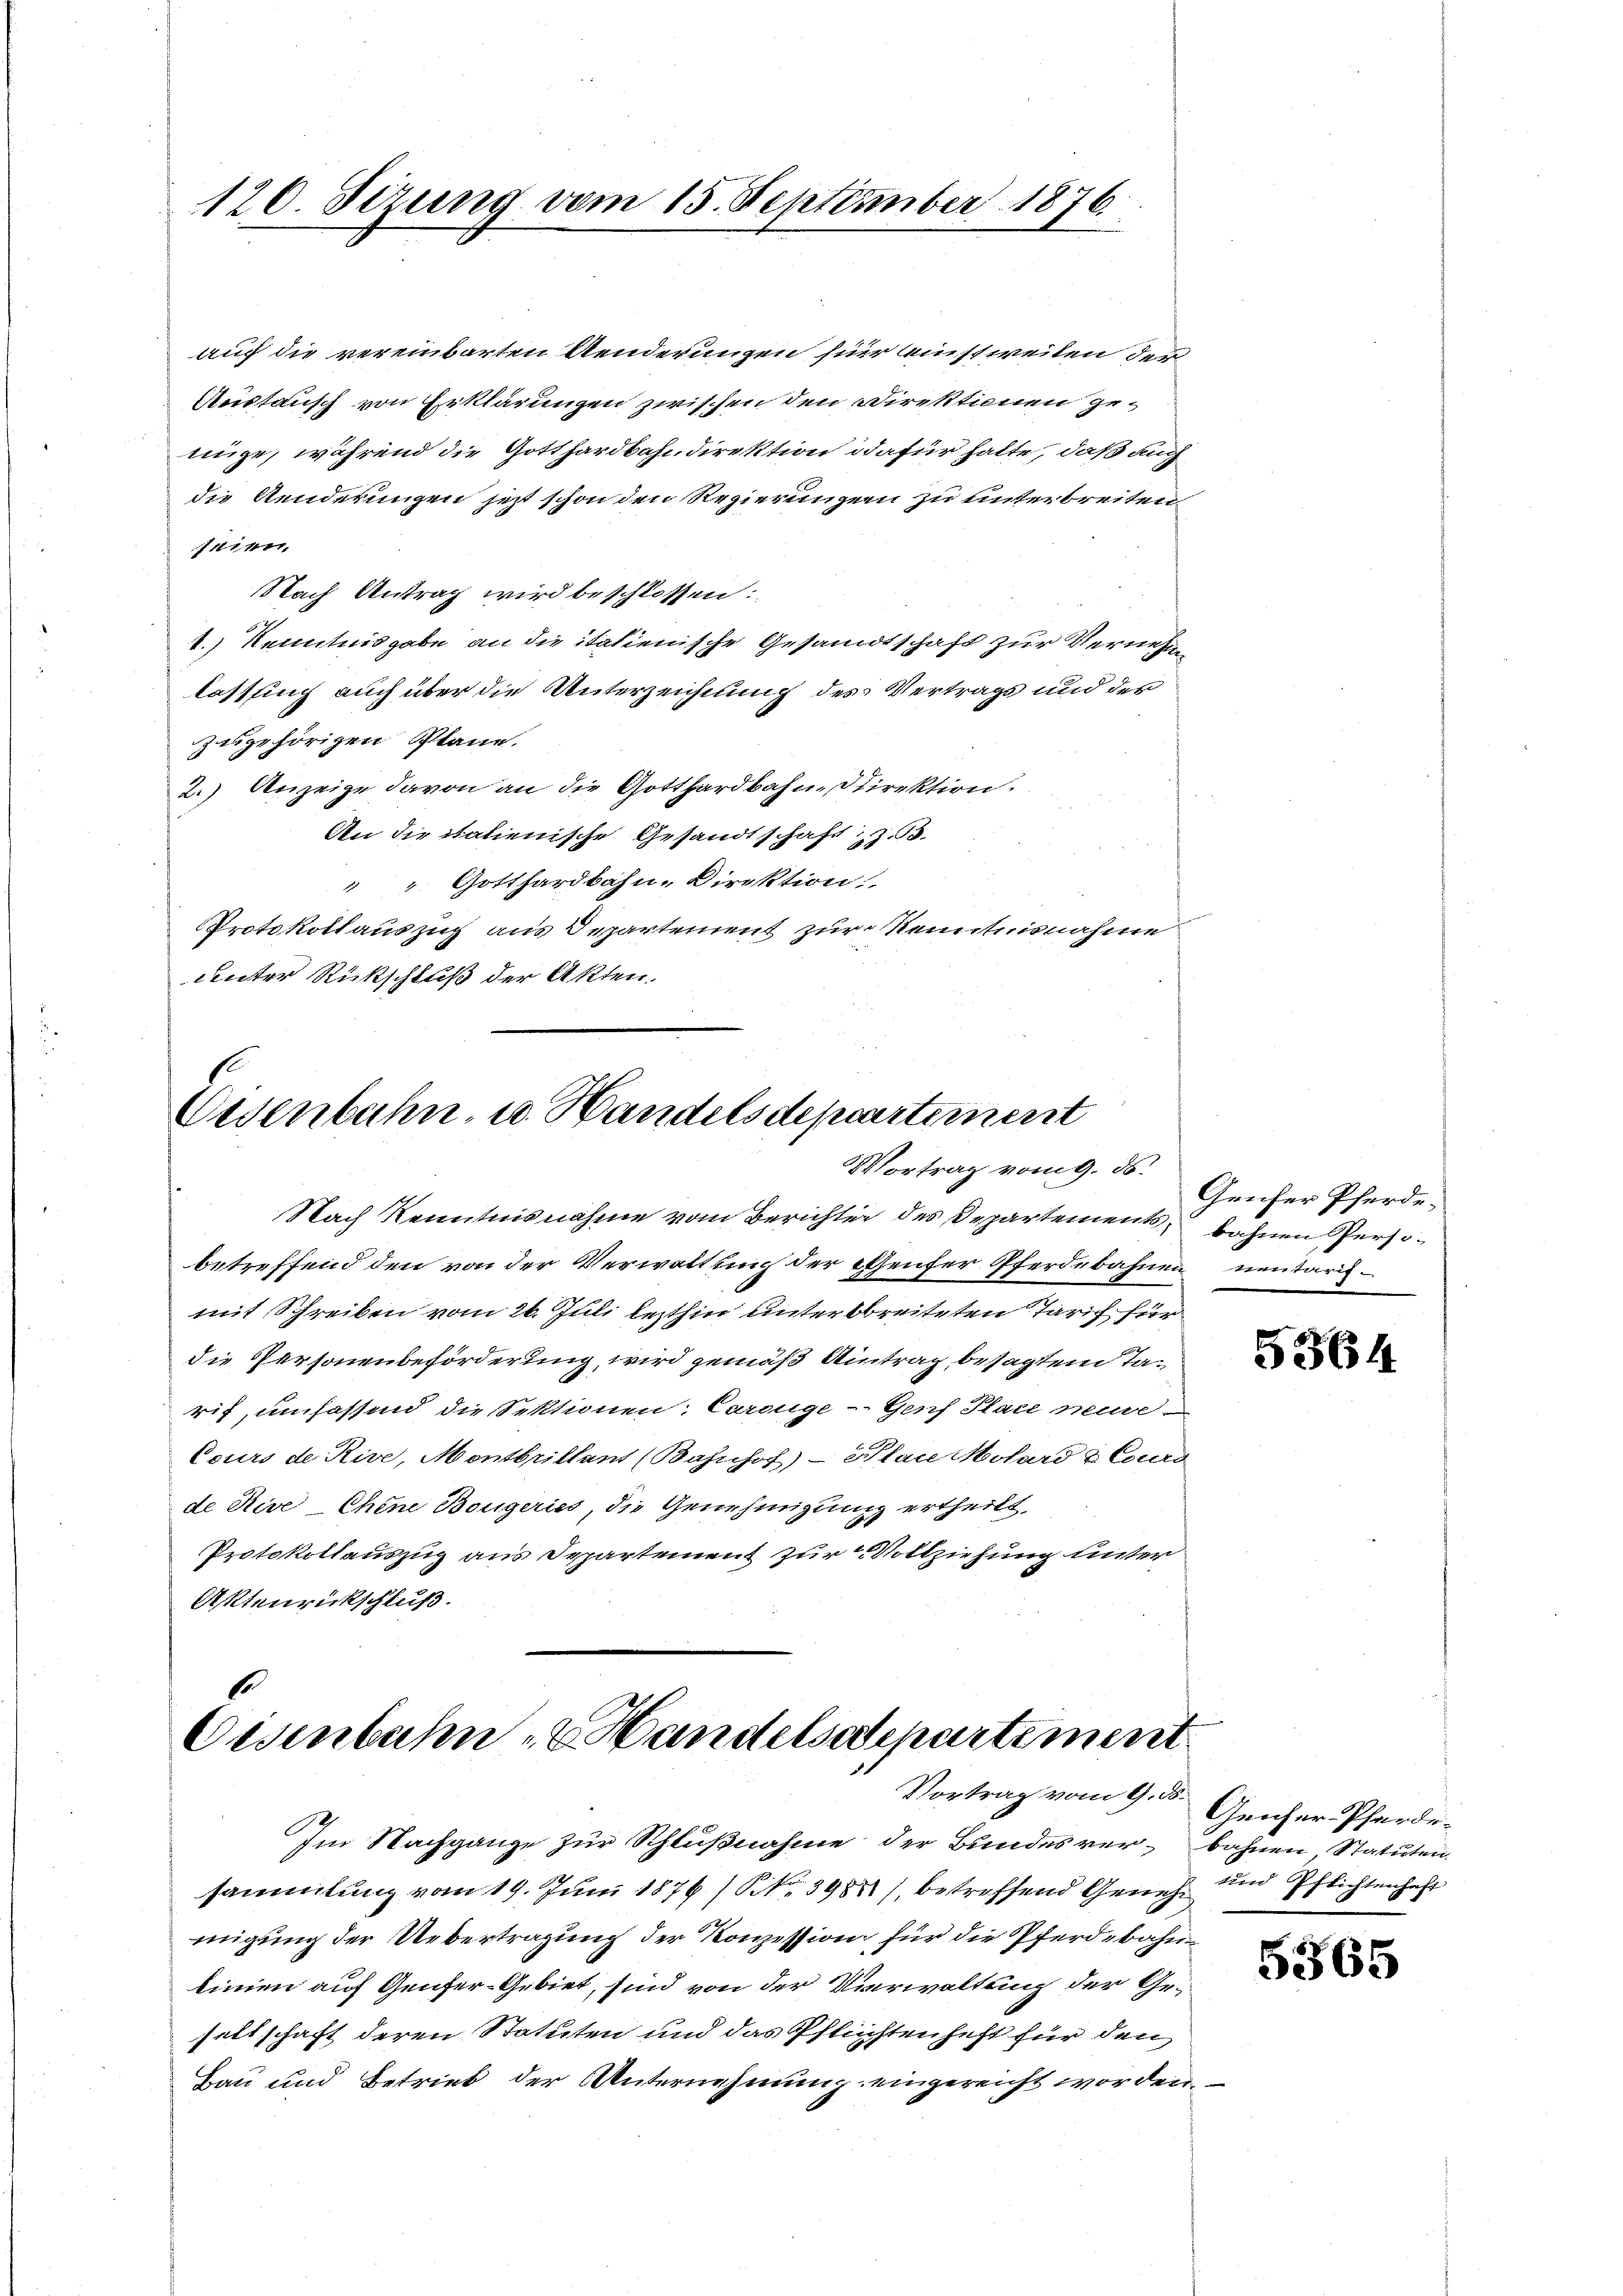
120. Sizung vom 15. September 1876

auf die vereinbarten Aenderungen für einstweilen der
Austausch von Erklärungen zwischen den Direktionen genige, während die Gotthardbahndirektion dafür halte, daß auch
die Aenderungen jetzt schon den Regierungen zu unterbreiten
seien.
Nach Antrag wird beschlossen:
1.) Kenntnisgabe an die italienische Gesandtschaft zur Vernehm
lassung auch über die Unterzeichnung des Vertrags und der
zugehörigen Plane.
2.) Anzeige davon an die Gotthardbahndirektion.
An die italienische Gesandtschaft z. B.
" " Gotthardbahn-Direktion
Protokollauszug aus Departement zur Kenntnisnahme
Lnter Rückschluß der Akten.

Eisenbahn- u. Handels depeartement
Vortrag vom 9. ds.

l
Eisenbahn- & Handelsdepartement
Vortrag vom 9. ds.

Nach Kenntnisnahme vom Berichter des Departements bahnen Persobetreffend den von der Verwaltung der Genfer Pferdebahnen nentarig-
mit Schreiben vom 26. Juli lezthin unterbreiteten Tarich für
die Personenbeförderung, wird gemäß Antrag, besagtem Tarit, umfassend die Sektionen: Carouge-Genf Place neue
Cours de Rive, Montbrillant (Bahnhof) - Plan Mohard & Curd
de Rive-Chine Bougeries, die Genehmigung ertheilt,
Protokollauszug aus Separtement zur Vollziehung unter
Aktenrückschluß.

Genfer Pferde.

Im Nachgange zur Schlußnahme der Bundesver- bahnen Statuten.
sammlung vom 19. Juni 1876 (S. 398 betreffend Geneh- und Pflichtenhaft
migung der Uebertragung der Konzession für die Pferdebahnlinien auf Genfer-Gebiet, sind von der Verwaltung der Geseltschaft deren Statuten und das Pflichtenheft für den
Bau und Betrieb der Unternehmung eingereicht worden,

5364.

Geicher Pferde.

5365